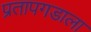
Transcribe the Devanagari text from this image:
प्रतापगडाला